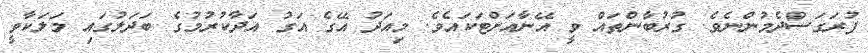
ފުރަގަސްދެމުންނެވެ. ގުރުބާންތައް ވީ އޭނާއަށްޓަކައެވެ. މިއަދު އޭގެ އަގު އަދާކުރުމުގެ ބަދަލުގައި މަލަކާވީ